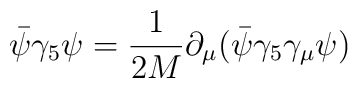
\bar{\psi} \gamma_{5} \psi = \frac{1}{2M} \partial_{\mu} (\bar{\psi} \gamma_{5} \gamma_{\mu} \psi)     \nonumber